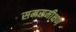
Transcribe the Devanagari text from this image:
समसमीक्षण